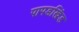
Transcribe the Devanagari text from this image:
पापडखिंड